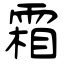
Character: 霜